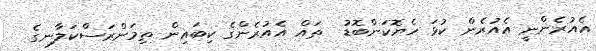
އެއުރެންނީ އެއުރެން ކުޅަ ހެޔޮކަންބޮޑު  ތައް އެއުރެންގެ ކިބައިން ތިމަންރަސްކަލާނގެ